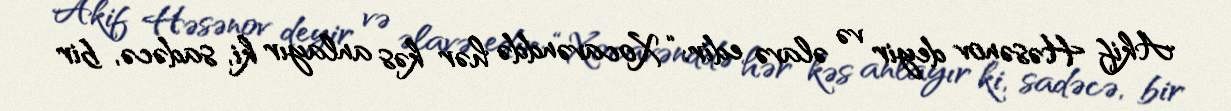
Akif Həsənov deyir və əlavə edir: “Xocavənddə hər kəs anlayır ki, sadəcə, bir